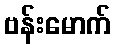
ဗန်းမောက်